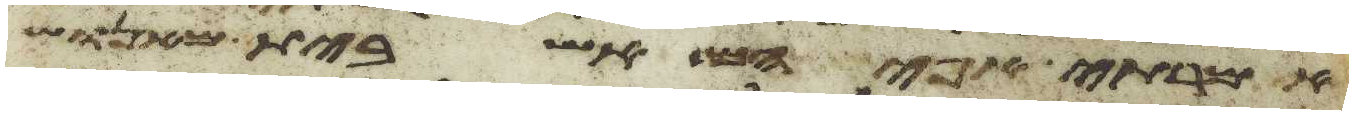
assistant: אמרתי אפי הם אשבית מאנוש